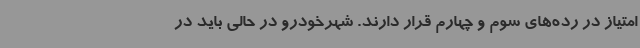
امتیاز در رده‌های سوم و چهارم قرار دارند. شهرخودرو در حالی باید در